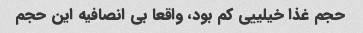
حجم غذا خیلییی کم بود، واقعا بی انصافیه این حجم